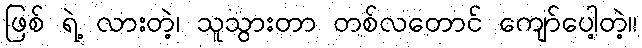
ဖြစ် ရဲ့ လားတဲ့၊ သူသွားတာ တစ်လတောင် ကျော်ပေါ့တဲ့။